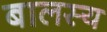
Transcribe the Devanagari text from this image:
बालस्य